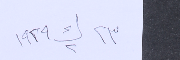
٢٣ ك٢ ١٩٢٩